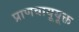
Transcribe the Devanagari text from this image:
प्राणवायूयूक्त